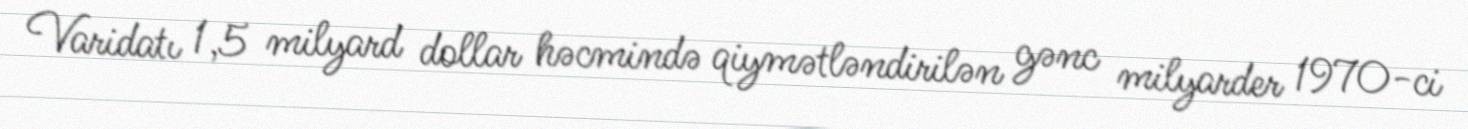
Varidatı 1,5 milyard dollar həcmində qiymətləndirilən gənc milyarder 1970-ci